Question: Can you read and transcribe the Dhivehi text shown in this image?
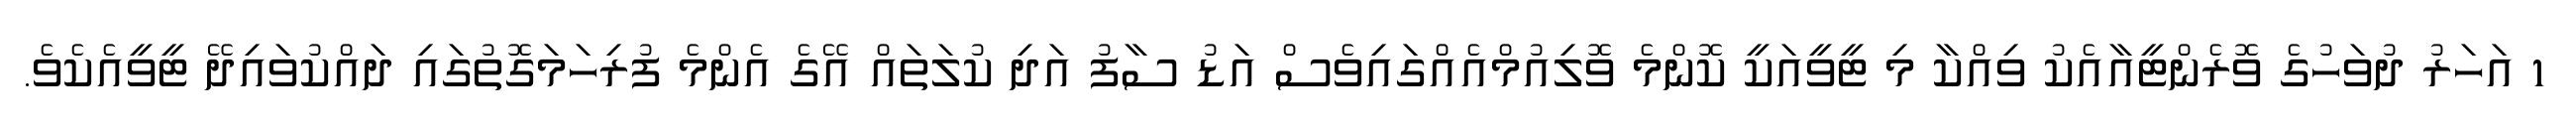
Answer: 1 އަހަރު ދުވަހުގެ ވޮރެންޓީއާއެކު ވިއްކާ މި ޓީވީއަކީ ކޮންމެ ވޮލިއުމްއެއްގައިވެސް އަޑު ސާފު އަދި ކުލަތައް އޭގެ އެންމެ ފުރިހަމަގޮތުގައި ދައްކުވައިދޭ ޓީވީއެކެވެ.